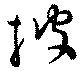
披